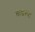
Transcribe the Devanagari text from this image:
ताडल्या